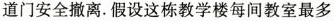
道门安全撤离。假设这栋教学楼每间教室最多